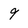
Character: 9